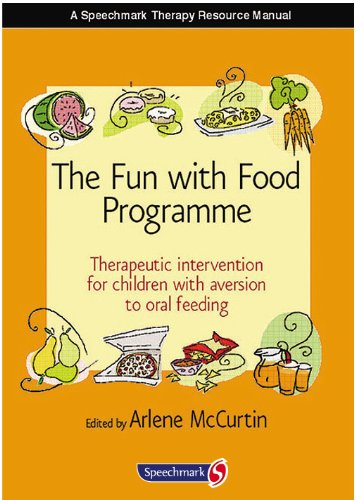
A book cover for The Fun with Food Programme: Therapeutic Intervention for Children with Aversion to Oral Feeding; Arlene McCurtin; Health, Fitness & Dieting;